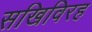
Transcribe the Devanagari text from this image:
सखिविरह